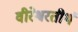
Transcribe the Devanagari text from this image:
वीरेश्वरतीर्थ